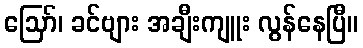
ဪ၊ ခင်ဗျား အချီးကျူး လွန်နေပြီ။